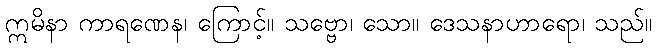
ဣမိနာ ကာရဏေန၊ ကြောင့်။ သဗ္ဗော၊ သော။ ဒေသနာဟာရော၊ သည်။